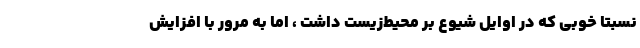
نسبتا خوبی که در اوایل شیوع بر محیط‌زیست داشت ، اما به مرور با افزایش